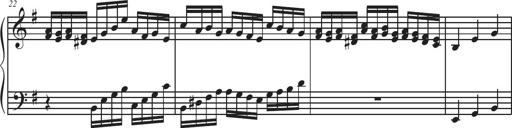
Title: Sonatina Espania
Composer: Jerald Franklin Archer
Key: Various